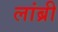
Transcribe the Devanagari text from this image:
लांब्री